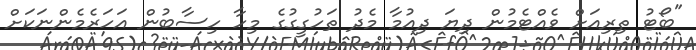
"ބޯޓު ތިރިއަށް ވެއްޓެމުން ދިޔަ ދިއުމާ މެދު ތަހުގީގުގެ މިހާ ހިސާބުން އަހަރެމެންނަކަށް